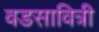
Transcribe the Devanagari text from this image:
वडसावित्री